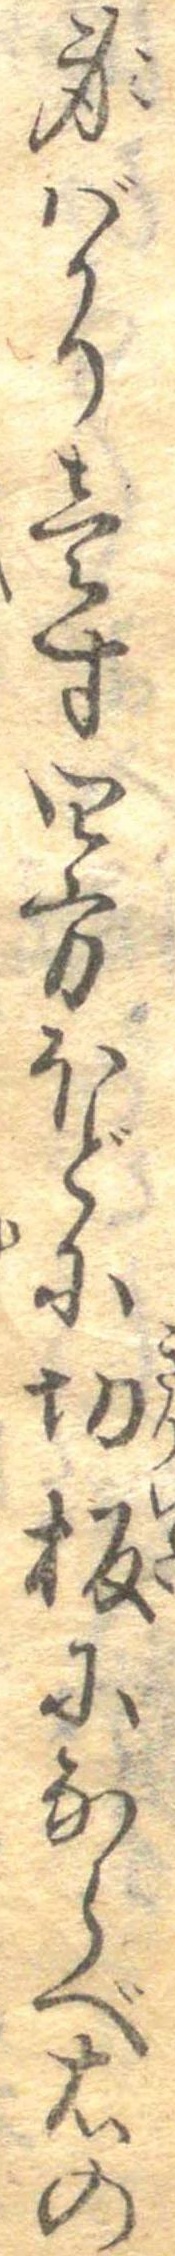
身ばかり壱寸四方ほどに切板にならべ右の